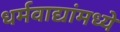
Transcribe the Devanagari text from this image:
धर्मवाद्यांमध्ये